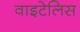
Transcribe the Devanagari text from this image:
वाइटेलिस